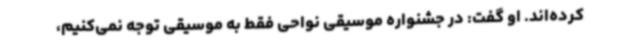
کرده‌اند. او گفت: در جشنواره موسیقی نواحی فقط به موسیقی توجه نمی‌کنیم،